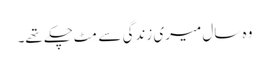
وہ سال میری زندگی سے مِٹ چکے تھے۔